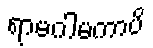
ရာမဂါမကာပိ